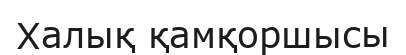
Халық қамқоршысы